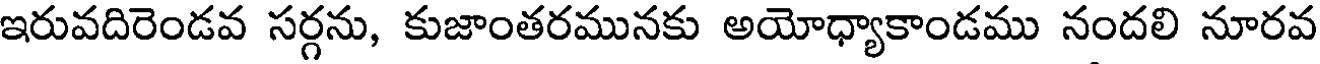
ఇరువదిరెండవ సర్గను, కుజాంతరమునకు అయోధ్యాకాండము నందలి నూరవ